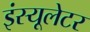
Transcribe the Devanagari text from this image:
इंस्यूलेटर